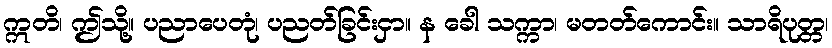
ဣတိ၊ ဤသို့။ ပညာပေတုံ၊ ပညတ်ခြင်းငှာ။ န ခေါ သက္ကာ၊ မတတ်ကောင်း။ သာရိပုတ္တ၊